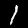
Digit: 1